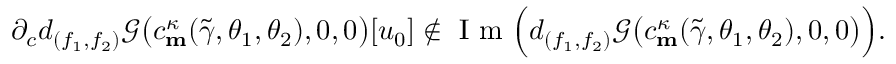
\partial _ { c } d _ { ( f _ { 1 } , f _ { 2 } ) } \mathscr { G } \big ( c _ { \mathbf { m } } ^ { \kappa } ( \widetilde { \gamma } , \theta _ { 1 } , \theta _ { 2 } ) , 0 , 0 \big ) [ u _ { 0 } ] \not \in \textnormal { I m } \Big ( d _ { ( f _ { 1 } , f _ { 2 } ) } \mathscr { G } \big ( c _ { \mathbf { m } } ^ { \kappa } ( \widetilde { \gamma } , \theta _ { 1 } , \theta _ { 2 } ) , 0 , 0 \big ) \Big ) .